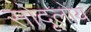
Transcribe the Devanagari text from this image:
सोदूलोय